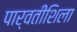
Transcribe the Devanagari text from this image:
पार्वतीशिला